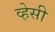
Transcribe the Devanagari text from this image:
व्हेसी